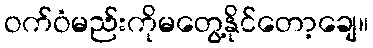
ဝက်ဝံမည်းကိုမတွေ့နိုင်တော့ချေ။